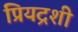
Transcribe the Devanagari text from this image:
प्रियद्रशी